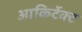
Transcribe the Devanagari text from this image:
आकिर्टेक्ट